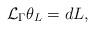
LaTeX: \begin{align*} \mathcal{L}_\Gamma\theta_L=dL, \end{align*}